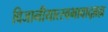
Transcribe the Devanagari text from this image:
विजानीयात्स्वभावाद्ब्रह्म